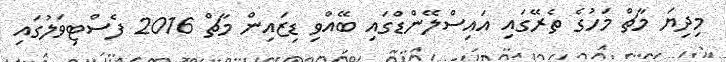
މިދިޔަ މާޗް މަހުގެ ތެރޭގައި އައިސްލޭންޑްގައި ބޭއްވި ޑިޒައިން މާޗް 2016 ފެސްޓިވަލުގައި